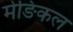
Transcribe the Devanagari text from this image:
मेङिकल